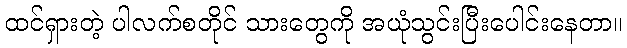
ထင်ရှားတဲ့ ပါလက်စတိုင် သားတွေကို အယုံသွင်းပြီးပေါင်းနေတာ။